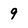
Character: 9